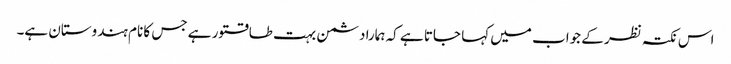
اس نکتہ نظر کے جواب میں کہا جاتا ہے کہ ہمارا دشمن بہت طاقتور ہے جس کا نام ہندوستان ہے۔